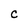
Character: C